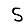
Digit: 5